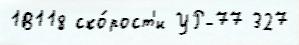
1В118 ско́рост'и УР-77 327